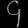
Digit: ၄